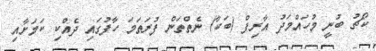
ކޯޗު ބުނީ މުހައްމަދު އާރިފް (ބަކާ) ނެތްތަން ފުރަތަމަ ހާފުގައި ދެއްކި ކަމަށާއި